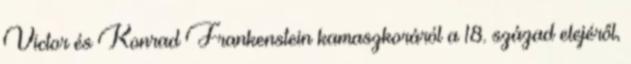
Victor és Konrad Frankenstein kamaszkoráról a 18. század elejéről,